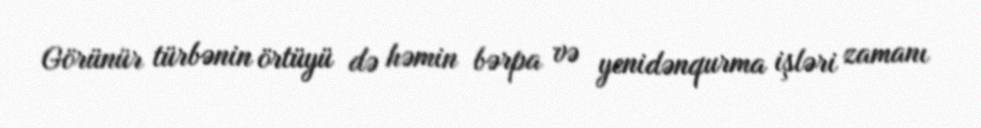
Görünür türbənin örtüyü də həmin bərpa və yenidənqurma işləri zamanı